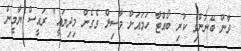
ދާން ބޭނުންވި ކުރި ބޯއްޓާ ހަމައަށް ވާސިލް ވެގެން މިދިޔައީ" ރައީސް ޔާމީން